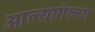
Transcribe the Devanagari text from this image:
आल्यागेल्या